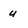
Character: u